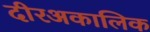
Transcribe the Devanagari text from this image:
दीरअकालिक